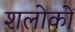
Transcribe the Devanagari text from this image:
शलोकों